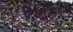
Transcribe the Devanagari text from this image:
दिग्दर्शिलेले